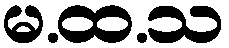
မ.ထ.သ